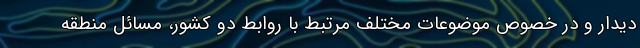
دیدار و در خصوص موضوعات مختلف مرتبط با روابط دو کشور، مسائل منطقه